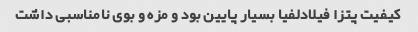
کیفیت پتزا فیلادلفیا بسیار پایین بود و مزه و بوی نامناسبی داشت